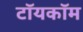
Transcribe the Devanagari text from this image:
टॉयकॉम